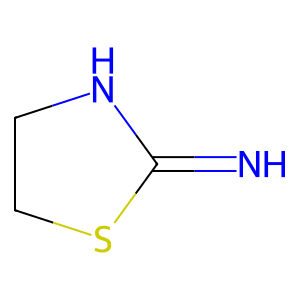
SMILES: N=C1NCCS1
Inhibits HIV replication: No